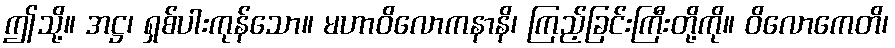
ဤသို့။ အဋ္ဌ၊ ရှစ်ပါးကုန်သော။ မဟာဝိလောကနာနိ၊ ကြည့်ခြင်းကြီးတို့ကို။ ဝိလောကေတိ၊